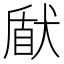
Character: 𤟢